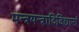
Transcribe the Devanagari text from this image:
मन्त्रयन्त्रादिविद्यानां